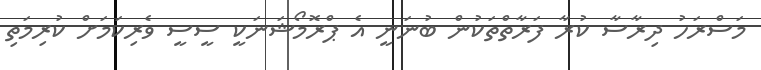
މަސްރަހު ދިރާސާ ކުރާ ފަރާތްތަކުން ބުނަނީ އެ ޕްރޮމޯޝަނަކީ ސީސީ ވެރިކަމަށް ކުރިމަތި